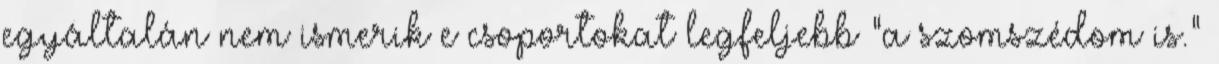
egyáltalán nem ismerik e csoportokat legfeljebb "a szomszédom is."